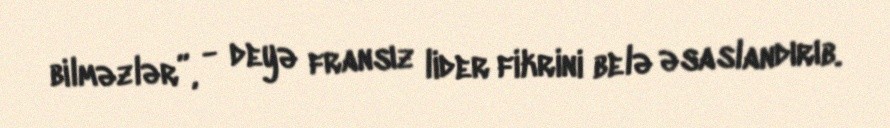
bilməzlər”, - deyə fransız lider fikrini belə əsaslandırıb.